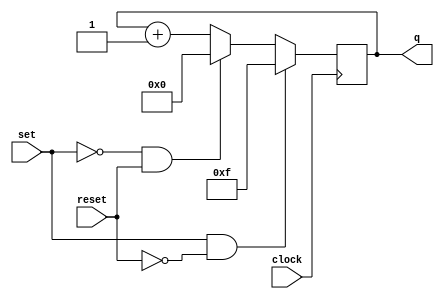
module counterDFF(set, reset, clock, q);
  input set, reset, clock;
  output reg [3:0] q;

  always @ (posedge clock)
    begin
      if (set == 1 && reset == 0)
        q <= 15;
      
      else if (set == 0 && reset == 1)
        q <= 0;
      
      else
        q <= q + 1;	
    end
  
endmodule